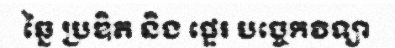
ឆ្នៃ ប្រឌិត និង ផ្ទេរ បច្ចេកវិទ្យា